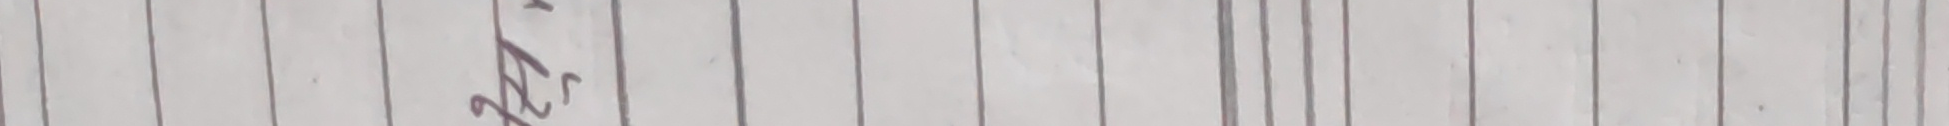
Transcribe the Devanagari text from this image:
२०%